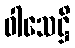
ဝါသေဋ္ဌိ